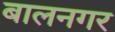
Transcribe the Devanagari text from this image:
बालनगर